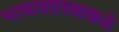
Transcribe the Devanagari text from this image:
भाषाशास्त्राकडे